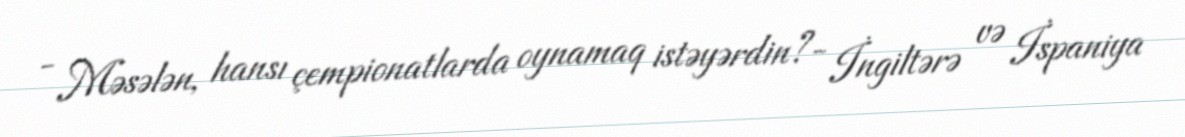
- Məsələn, hansı çempionatlarda oynamaq istəyərdin?- İngiltərə və İspaniya